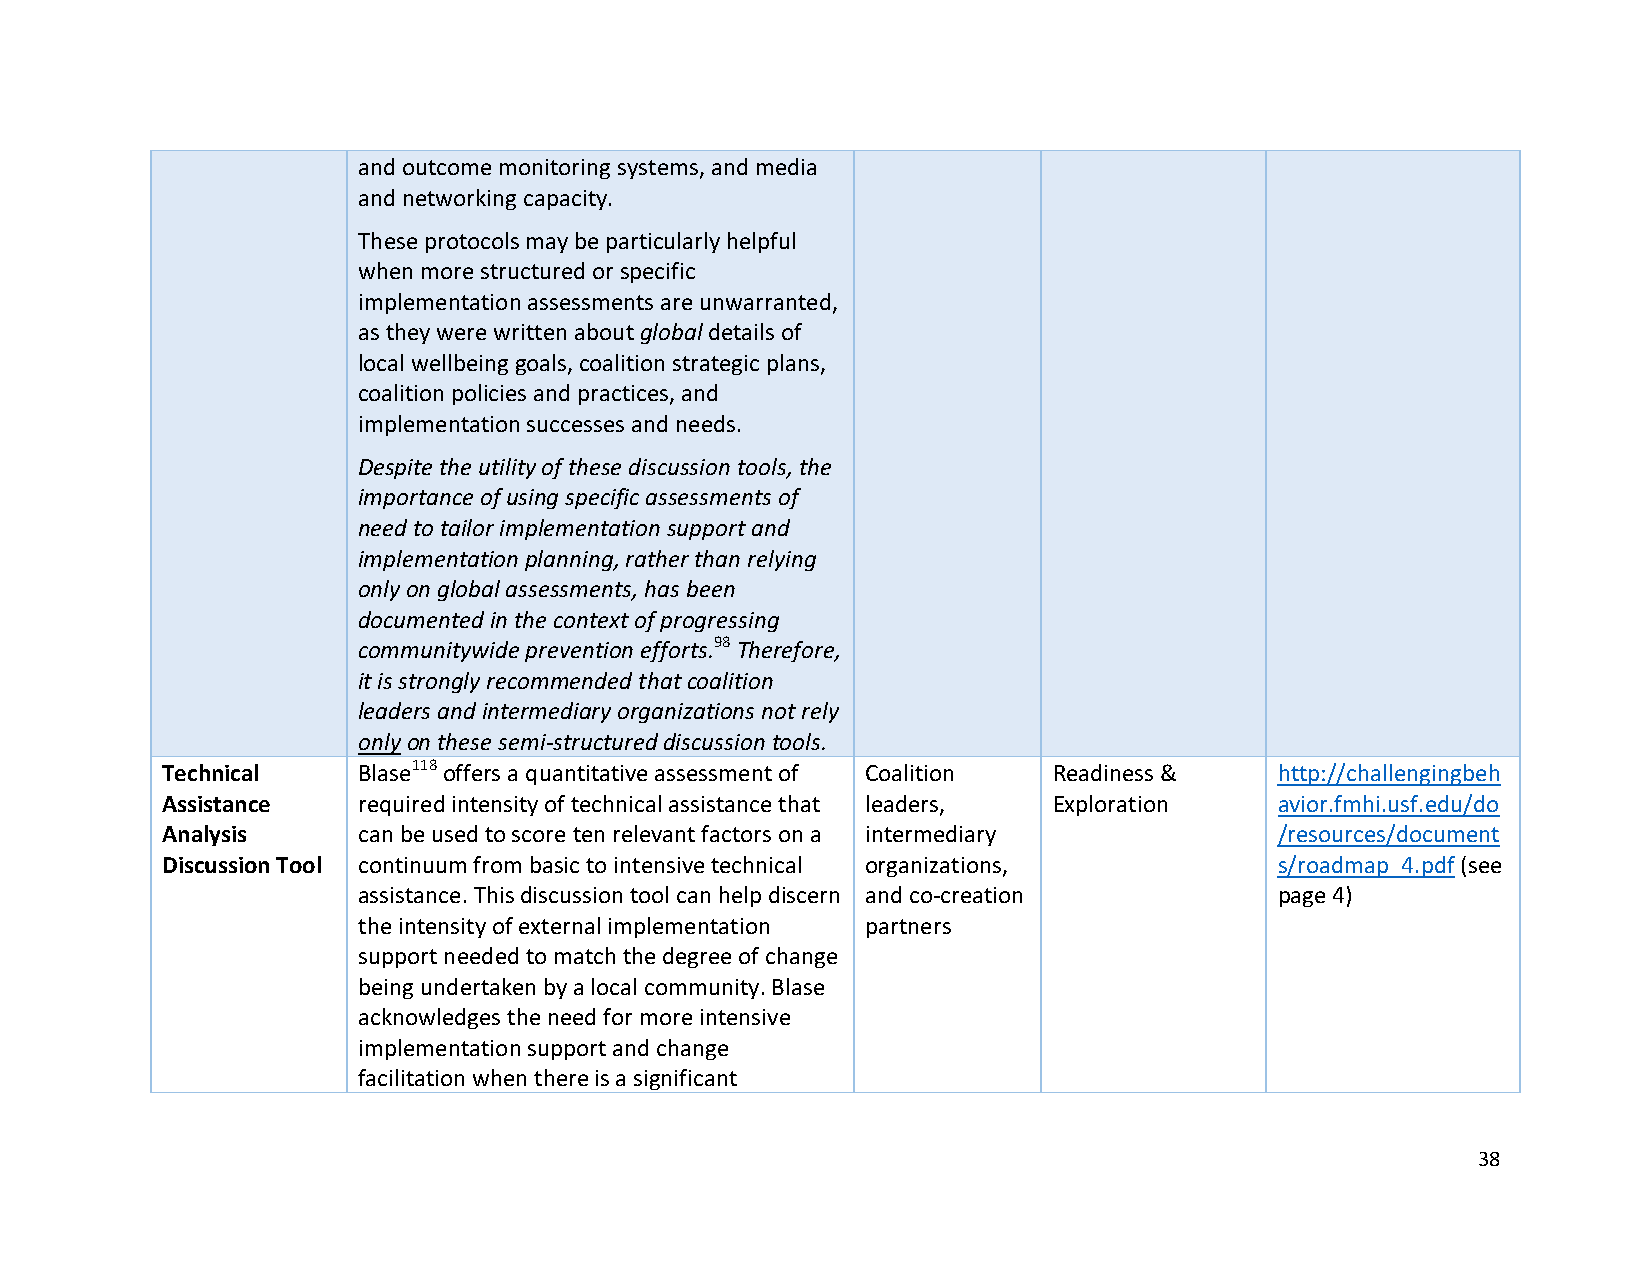
and outcome monitoring systems, and media
 and networking capacity.
 These protocols may be particularly helpful
 when more structured or specific
 implementation assessments are unwarranted,
 as they were written about global details of
 local wellbeing goals, coalition strategic plans,
 coalition policies and practices, and
 implementation successes and needs.
 Despite the utility of these discussion tools, the
 importance of using specific assessments of
 need to tailor implementation support and
 implementation planning, rather than relying
 only on global assessments, has been
 documented in the context of progressing
 communitywide prevention efforts.98 Therefore,
 it is strongly recommended that coalition
 leaders and intermediary organizations not rely
 only on these semi-structured discussion tools.
 Technical    Blase118 offers a quantitative assessment of Coalition Readiness & http://challengingbeh
 Assistance   required intensity of technical assistance that leaders, Exploration avior.fmhi.usf.edu/do
 Analysis     can be used to score ten relevant factors on a intermediary  /resources/document
 Discussion Tool continuum from basic to intensive technical organizations, s/roadmap_4.pdf (see
 assistance. This discussion tool can help discern and co-creation page 4)
 the intensity of external implementation partners
 support needed to match the degree of change
 being undertaken by a local community. Blase
 acknowledges the need for more intensive
 implementation support and change
 facilitation when there is a significant
 38